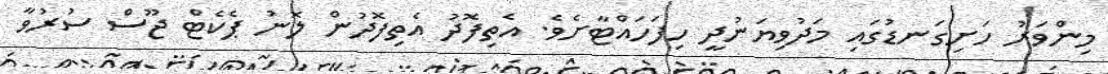
މިންވަރު ހަށިގަނޑުގައި މަދުވިޔަނުދީ ހިފަހައްޓާށެވެ. އެތިފޮދު އެތިފޮދުން ލޮނު ޕެކެޓް ޖޫސް ސުރުވާ